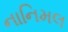
નાનિમલ